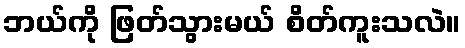
ဘယ်ကို ဖြတ်သွားမယ် စိတ်ကူးသလဲ။